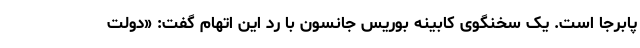
پابرجا است. یک سخنگوی کابینه بوریس جانسون با رد این اتهام گفت: «دولت